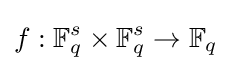
f:\mathbb {F} _{q}^{s}\times \mathbb {F} _{q}^{s}\rightarrow \mathbb {F} _{q}